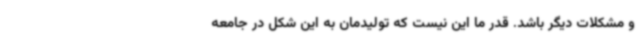
و مشکلات دیگر باشد. قدر ما این نیست که تولیدمان به این شکل در جامعه